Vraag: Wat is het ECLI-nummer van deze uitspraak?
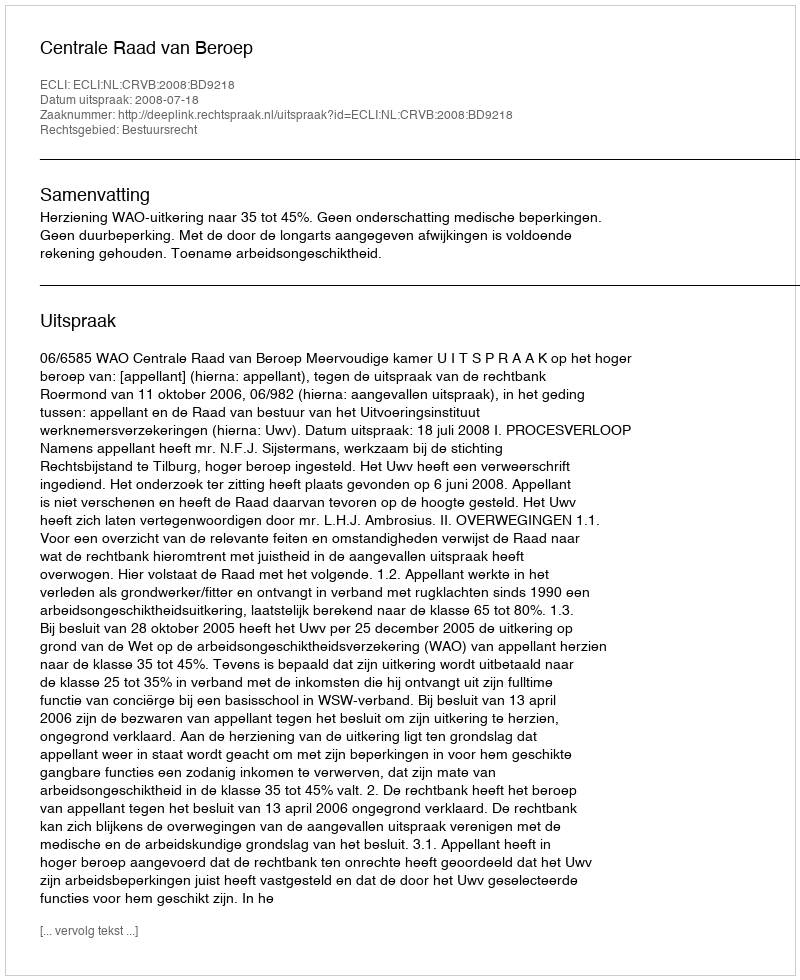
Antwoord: ECLI:NL:CRVB:2008:BD9218